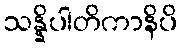
သန္နိပါတိကာနိပိ